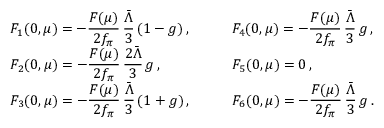
\begin{array} { l l } { { \displaystyle F _ { 1 } ( 0 , \mu ) = - { \frac { F ( \mu ) } { 2 f _ { \pi } } } \, { \frac { \bar { \Lambda } } { 3 } } \, ( 1 - g ) \, , } } & { { \qquad \displaystyle F _ { 4 } ( 0 , \mu ) = - { \frac { F ( \mu ) } { 2 f _ { \pi } } } \, { \frac { \bar { \Lambda } } { 3 } } \, g \, , } } \\ { { \displaystyle F _ { 2 } ( 0 , \mu ) = - { \frac { F ( \mu ) } { 2 f _ { \pi } } } \, { \frac { 2 \bar { \Lambda } } { 3 } } \, g \, , } } & { { \qquad \displaystyle F _ { 5 } ( 0 , \mu ) = 0 \, , } } \\ { { \displaystyle F _ { 3 } ( 0 , \mu ) = - { \frac { F ( \mu ) } { 2 f _ { \pi } } } \, { \frac { \bar { \Lambda } } { 3 } } \, ( 1 + g ) \, , } } & { { \qquad \displaystyle F _ { 6 } ( 0 , \mu ) = - { \frac { F ( \mu ) } { 2 f _ { \pi } } } \, { \frac { \bar { \Lambda } } { 3 } } \, g \, . } } \end{array}